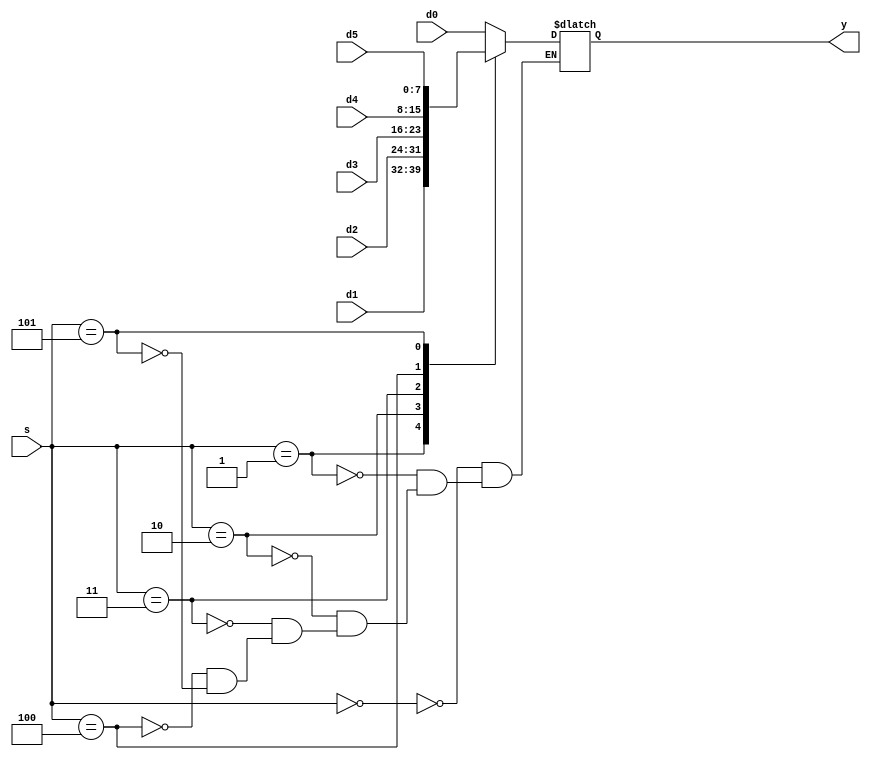
module mux6 #(parameter WIDTH = 8) (d0, d1, d2, d3, d4, d5, s, y);
  input [WIDTH-1:0] d0, d1, d2, d3, d4, d5;
  input [2:0] s;
  output reg [WIDTH-1:0] y;

  always @(*)
    case(s)
      3'b000: y <= d0;
      3'b001: y <= d1;
      3'b010: y <= d2;
      3'b011: y <= d3;
      3'b100: y <= d4;
      3'b101: y <= d5;
    endcase
endmodule